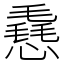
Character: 㦌